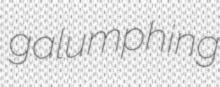
galumphing